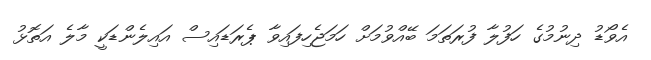
އެވޯޑު ދިނުމުގެ ހަފުލާ ފުރަތަމަ ބޭއްވުމަށް ހަމަޖެހިފައިވާ ޕެރަޑައިސް އައިލެންޑަކީ މާލެ އަތޮޅު